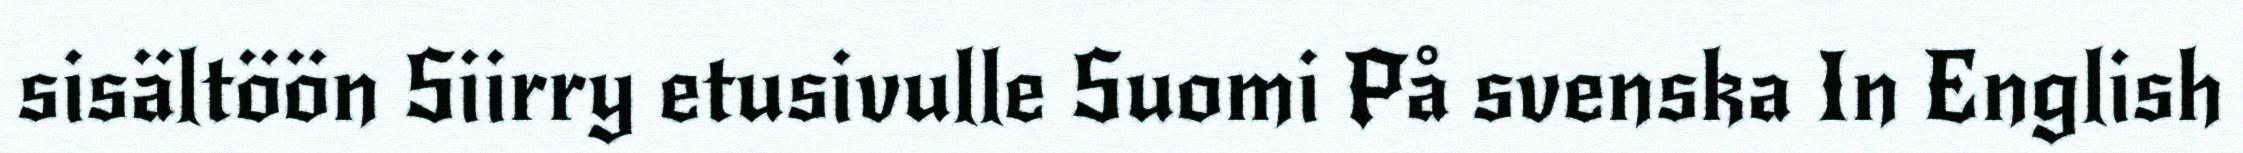
sisältöön Siirry etusivulle Suomi På svenska In English